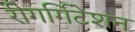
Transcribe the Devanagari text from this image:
रीगर्गिटेशन